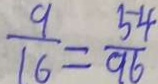
\frac { 9 } { 1 6 } = \frac { 5 4 } { 9 6 }